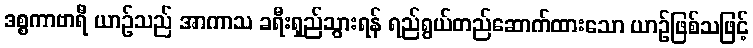
ဒစ္စကာဗာရီ ယာဉ်သည် အာကာသ ခရီးရှည်သွားရန် ရည်ရွယ်တည်ဆောက်ထားသော ယာဉ်ဖြစ်သဖြင့်